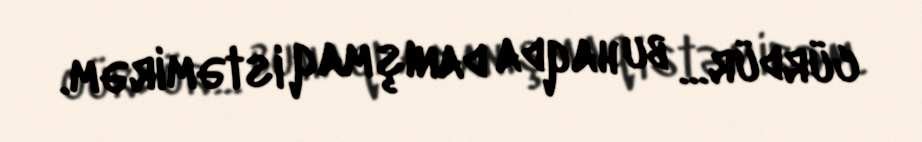
cürdür... bu haqda danışmaq istəmirəm.